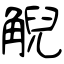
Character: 觬